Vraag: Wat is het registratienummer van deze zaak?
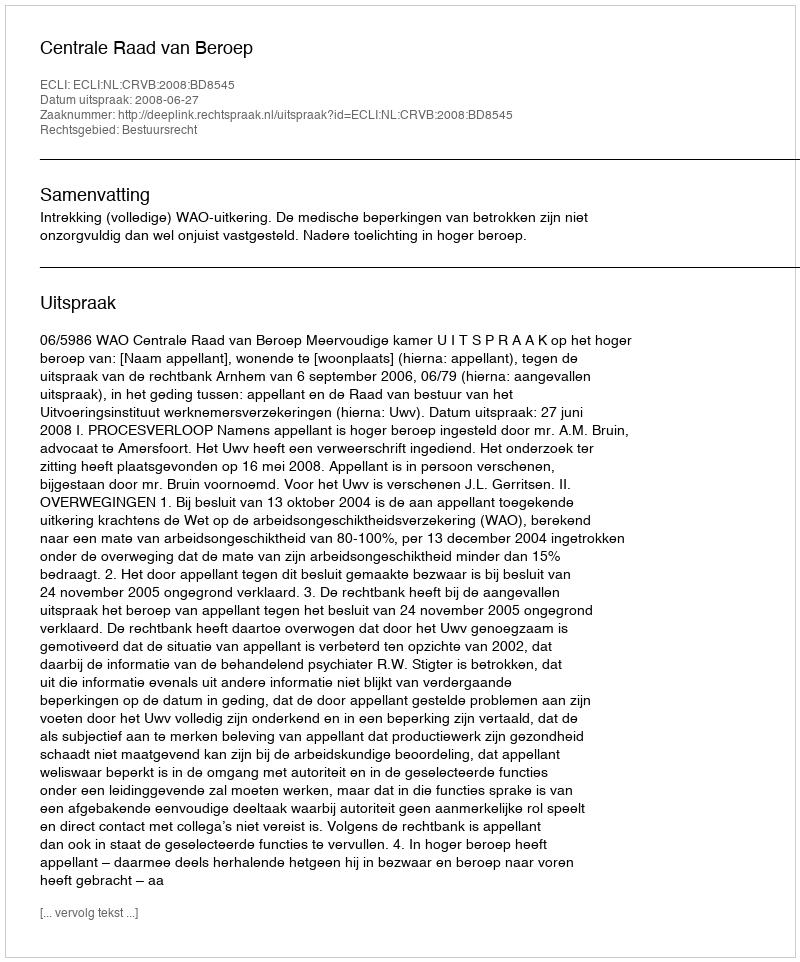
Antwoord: http://deeplink.rechtspraak.nl/uitspraak?id=ECLI:NL:CRVB:2008:BD8545